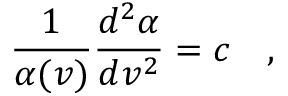
\frac { 1 } { \alpha ( v ) } \frac { d ^ { 2 } \alpha } { d v ^ { 2 } } = c \quad ,